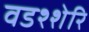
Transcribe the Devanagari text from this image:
वडश्शेरि